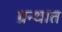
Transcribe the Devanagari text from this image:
ग्रन्थात